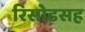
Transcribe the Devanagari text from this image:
रिसोडसह